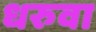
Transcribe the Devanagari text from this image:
धरुवा